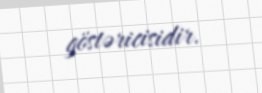
göstəricisidir.